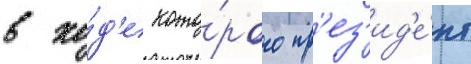
в хо́д'е кото́рого пр'ез'ид'е́нт